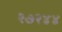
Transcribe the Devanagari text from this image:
२७२४४